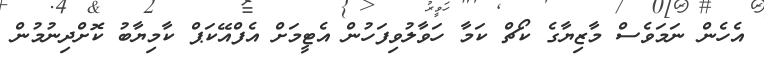
އެހެން ނަމަވެސް މާޒިޔާގެ ކޯޗް ކަމާ ހަވާލުވިފަހުން އެޓީމަށް އެފްއޭކަޕް ކާމިޔާބު ކޮށްދިނުމުން